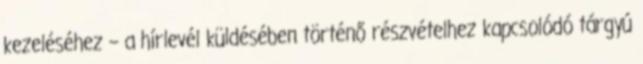
kezeléséhez – a hírlevél küldésében történő részvételhez kapcsolódó tárgyú